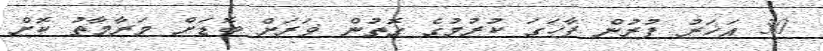
50 އަހަރު ފުރުން ފާހަގަ ކުރުމުގެ ގޮތުން ވަރަށް ބޮޑަށް މަރާމާތު ކޮށް